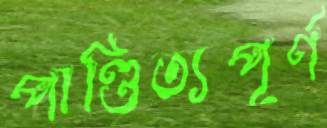
পাণ্ডিত্যপূর্ণ